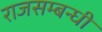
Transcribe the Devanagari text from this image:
राजसम्बन्धी